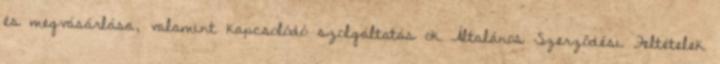
és megvásárlása, valamint kapcsolódó szolgáltatás ok Általános Szerződési Feltételek